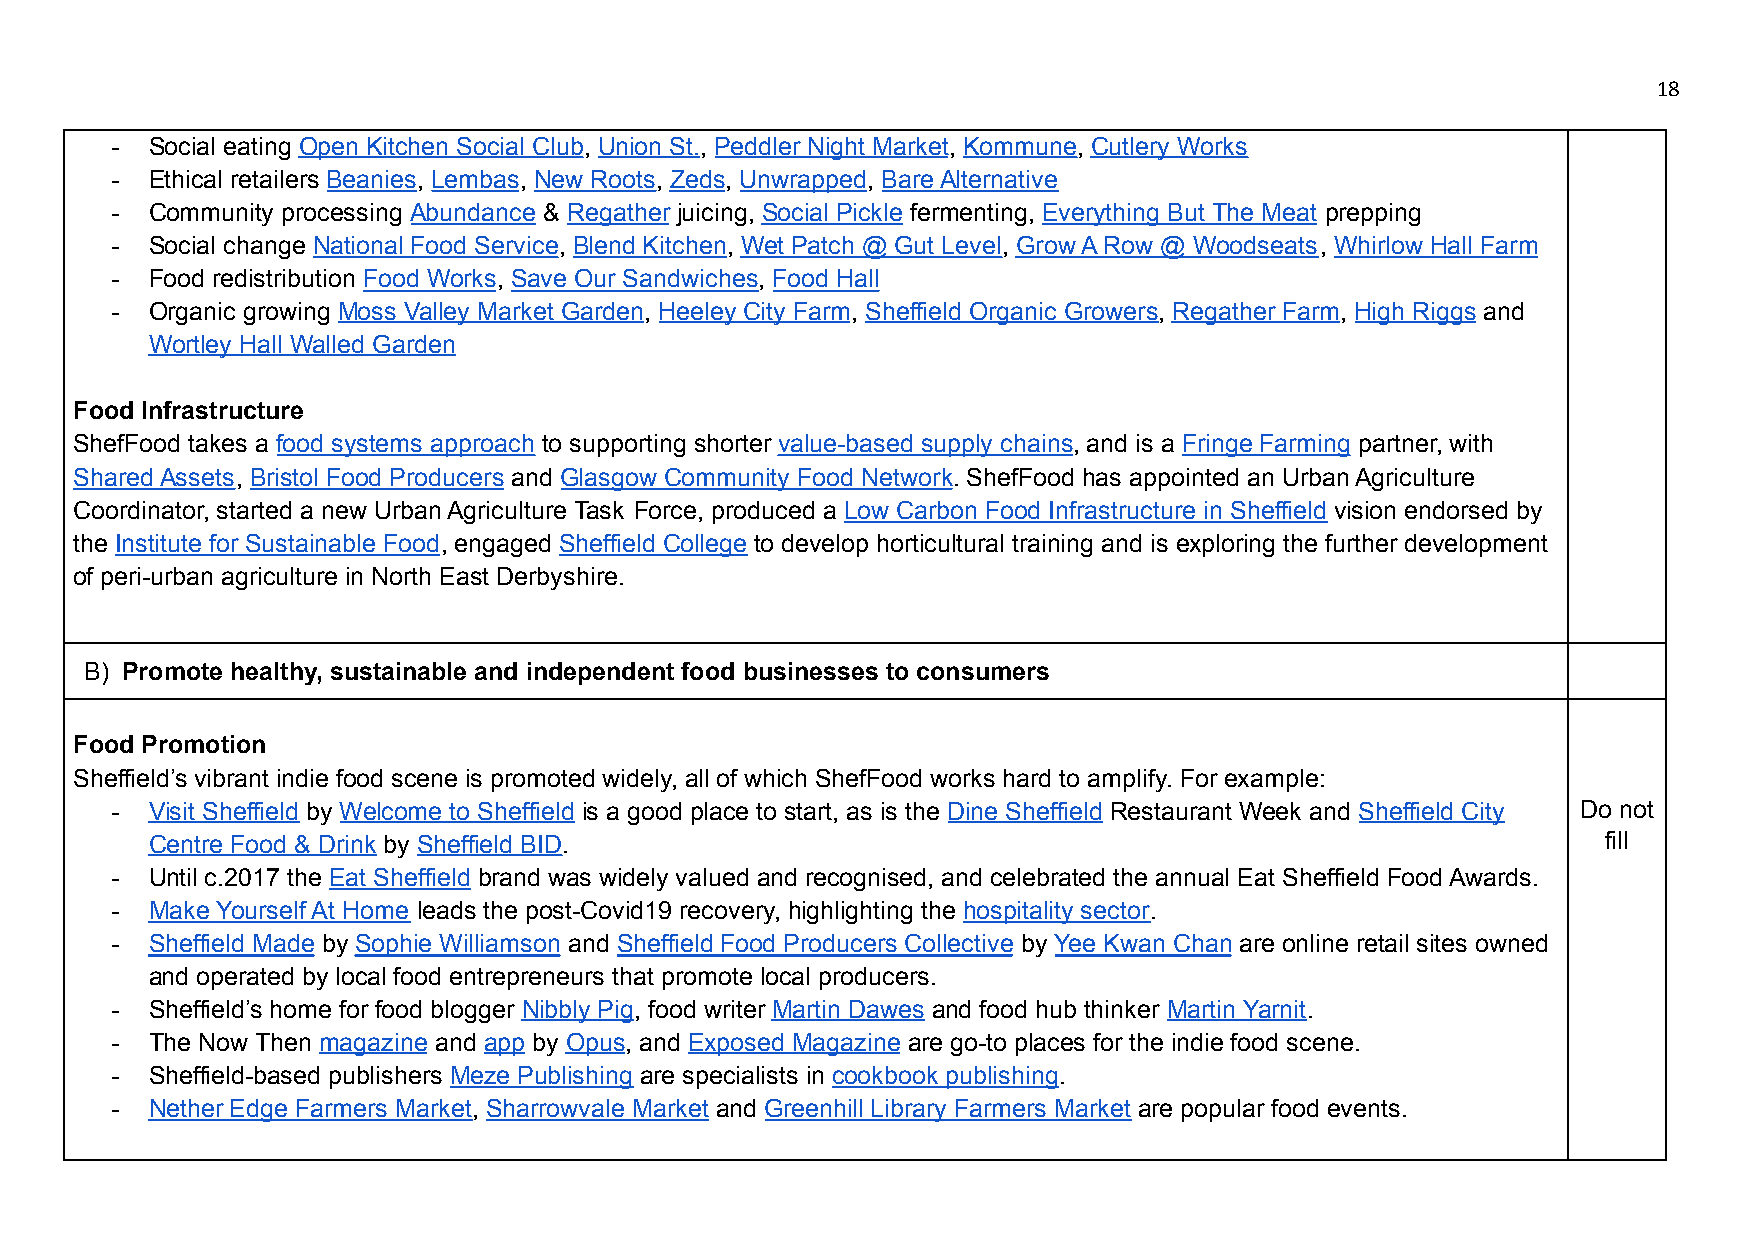
18
 -  Social eating Open Kitchen Social Club, Union St., Peddler Night Market, Kommune, Cutlery Works
 -  Ethical retailers Beanies, Lembas, New Roots, Zeds, Unwrapped, Bare Alternative
 -  Community processing Abundance & Regather juicing, Social Pickle fermenting, Everything But The Meat prepping
 -  Social change National Food Service, Blend Kitchen, Wet Patch @ Gut Level, Grow A Row @ Woodseats, Whirlow Hall Farm
 -  Food redistribution Food Works, Save Our Sandwiches, Food Hall
 -  Organic growing Moss Valley Market Garden, Heeley City Farm, Sheffield Organic Growers, Regather Farm, High Riggs and
 Wortley Hall Walled Garden
 Food Infrastructure
 ShefFood takes a food systems approach to supporting shorter value-based supply chains, and is a Fringe Farming partner, with
 Shared Assets, Bristol Food Producers and Glasgow Community Food Network. ShefFood has appointed an Urban Agriculture
 Coordinator, started a new Urban Agriculture Task Force, produced a Low Carbon Food Infrastructure in Sheffield vision endorsed by
 the Institute for Sustainable Food, engaged Sheffield College to develop horticultural training and is exploring the further development
 of peri-urban agriculture in North East Derbyshire.
 B) Promote healthy, sustainable and independent food businesses to consumers
 Food Promotion
 Sheffield’s vibrant indie food scene is promoted widely, all of which ShefFood works hard to amplify. For example:
 -  Visit Sheffield by Welcome to Sheffield is a good place to start, as is the Dine Sheffield Restaurant Week and Sheffield City Do not
 Centre Food & Drink by Sheffield BID.                                                           fill
 -  Until c.2017 the Eat Sheffield brand was widely valued and recognised, and celebrated the annual Eat Sheffield Food Awards.
 -  Make Yourself At Home leads the post-Covid19 recovery, highlighting the hospitality sector.
 -  Sheffield Made by Sophie Williamson and Sheffield Food Producers Collective by Yee Kwan Chan are online retail sites owned
 and operated by local food entrepreneurs that promote local producers.
 -  Sheffield’s home for food blogger Nibbly Pig, food writer Martin Dawes and food hub thinker Martin Yarnit.
 -  The Now Then magazine and app by Opus, and Exposed Magazine are go-to places for the indie food scene.
 -  Sheffield-based publishers Meze Publishing are specialists in cookbook publishing.
 -  Nether Edge Farmers Market, Sharrowvale Market and Greenhill Library Farmers Market are popular food events.